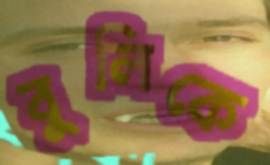
বুলিকে